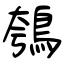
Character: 鴮